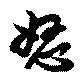
怒